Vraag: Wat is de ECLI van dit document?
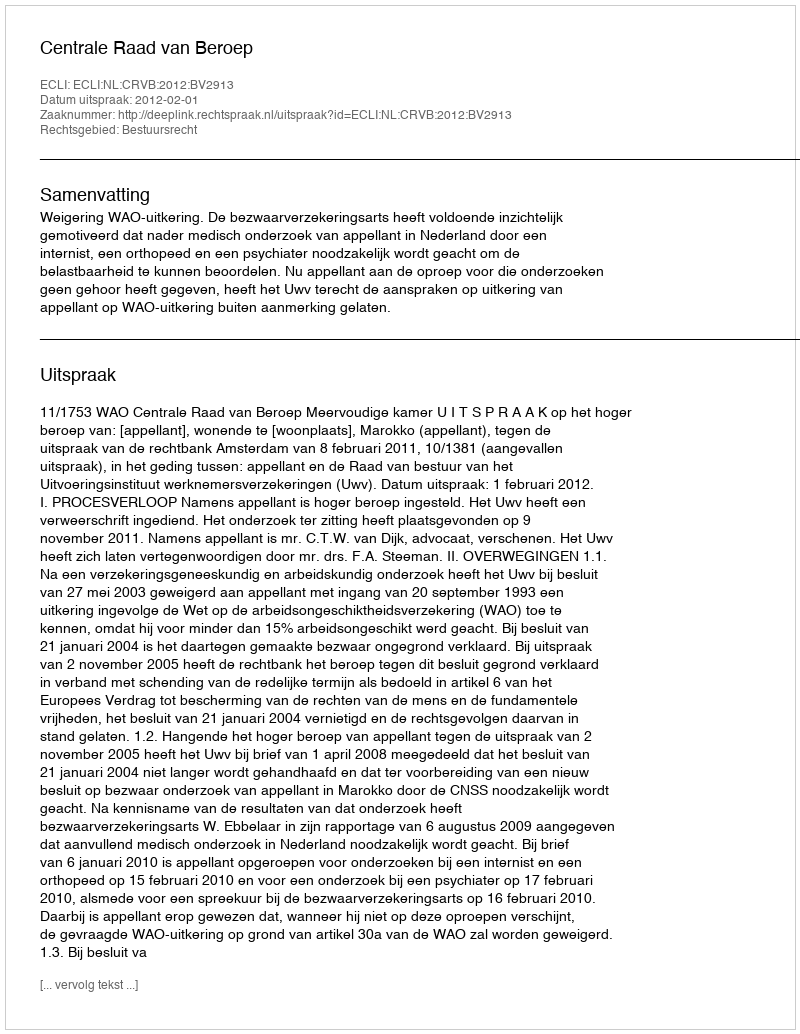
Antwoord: ECLI:NL:CRVB:2012:BV2913